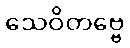
သေဝိတဗ္ဗေ